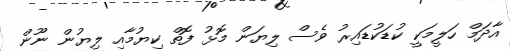
އާދަމް ހަލީމަކީ ކުޑަކުޑައިރު ވެސް ލިޔަން މޮޅު ފޮތް ކިޔުމާއި ލިޔުން ނޫން